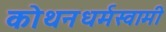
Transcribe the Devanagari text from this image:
कोथनधर्मस्वामी